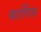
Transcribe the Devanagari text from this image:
कार्पिस